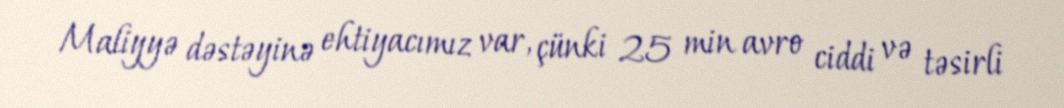
Maliyyə dəstəyinə ehtiyacımız var, çünki 25 min avro ciddi və təsirli